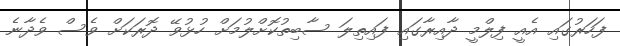
ފަހަރުގައި އެއީ ފިލްމީ ދާއިރާގައި ފައިތިލަ ސާބިތުކޮށްލުމަށް ހުޅުވޭ ދޮރަކަށް ވެސް ވެދާނެ